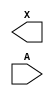
module sky130_fd_sc_ls__dlymetal6s2s (
    X,
    A
);

    output X;
    input  A;

    // Voltage supply signals
    supply1 VPWR;
    supply0 VGND;
    supply1 VPB ;
    supply0 VNB ;

endmodule